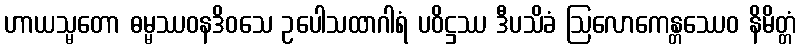
ဟာယသ္မတော ဓမ္မဿဝနဒိဝသေ ဥပေါသထာဂါရံ ပဝိဋ္ဌဿ ဒီပသိခံ ဩလောကေန္တဿေဝ နိမိတ္တံ